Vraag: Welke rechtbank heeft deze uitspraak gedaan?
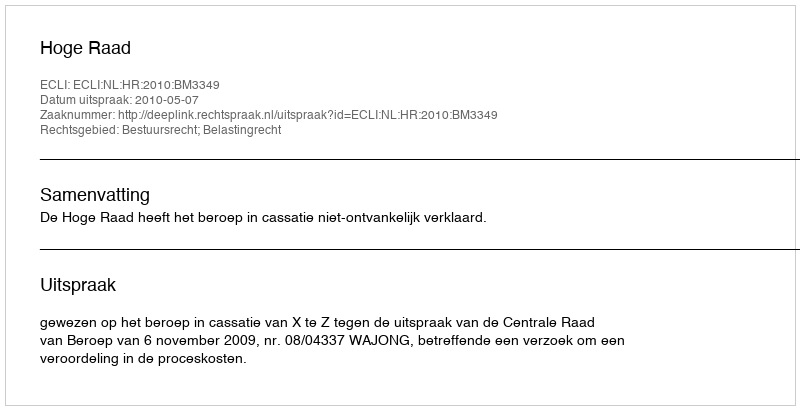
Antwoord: Hoge Raad